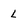
Character: L